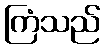
ကြံသည်